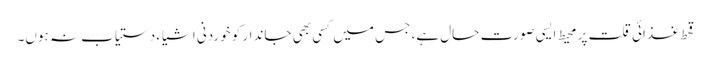
قحط غذائی قلت پر محیط ایسی صورت حال ہے، جس میں کسی بھی جاندار کو خوردنی اشیاء دستیاب نہ ہوں۔